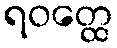
ရဝတ္ထေ